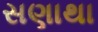
સણાથા